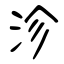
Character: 沴